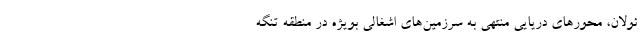
ئولان، محورهای دریایی منتهی به سرزمین‌های اشغالی بویژه در منطقه تنگه